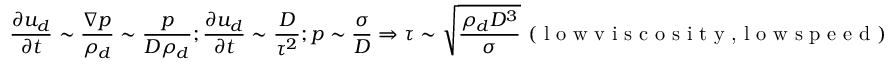
\frac { \partial u _ { d } } { \partial t } \sim \frac { \nabla p } { \rho _ { d } } \sim \frac { p } { D \rho _ { d } } ; \frac { \partial u _ { d } } { \partial t } \sim \frac { D } { \tau ^ { 2 } } ; p \sim \frac { \sigma } { D } \Rightarrow \tau \sim \sqrt { \frac { \rho _ { d } D ^ { 3 } } { \sigma } } ~ ( \textrm { l o w v i s c o s i t y , l o w s p e e d } )